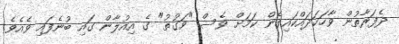
ދެފަރާތުން ވާހަކަދައްކައިގެން ކަމަށް ވެސް "ވަގުތު" ގެ އިއުލާން ގައި ބުނެފައި ވެއެވެ.